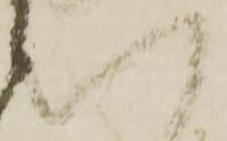
八